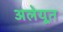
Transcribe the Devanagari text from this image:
अलेयूत